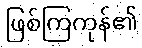
ဖြစ်ကြကုန်၏